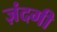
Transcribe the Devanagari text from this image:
ज़ंदगी